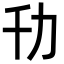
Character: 㔓